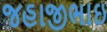
જહાજીભાઇ